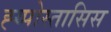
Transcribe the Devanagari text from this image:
ह्य्पोस्तासिस